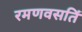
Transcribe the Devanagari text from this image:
रमणवसतिं